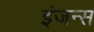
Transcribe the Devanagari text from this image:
इंजन्स